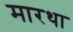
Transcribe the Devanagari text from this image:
मारथा